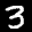
Label: 3